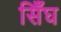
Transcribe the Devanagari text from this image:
सिँघ